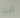
انت